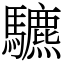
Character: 䮽